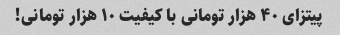
پیتزای ۴۰ هزار تومانی با کیفیت ۱۰ هزار تومانی!